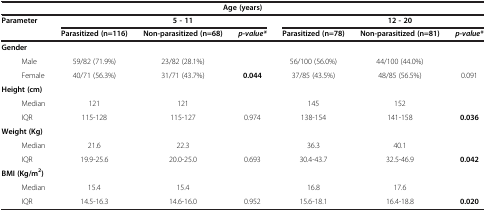
| <COLSPAN=7> Age (years) |
 | <ROWSPAN=2> Parameter |  | 5 - 11 |  |  | 12 - 20 |  |
 | Parasitized (n=116) | Non-parasitized (n=68) | p-value* | Parasitized (n=78) | Non-parasitized (n=81) | p-value* |
 | --- | --- | --- | --- | --- | --- | --- |
 | Gender |  |  |  |  |  |  |
 | Male | 59/82 (71.9%) | 23/82 (28.1%) |  | 56/100 (56.0%) | 44/100 (44.0%) |  |
 | Female | 40/71 (56.3%) | 31/71 (43.7%) | 0.044 | 37/85 (43.5%) | 48/85 (56.5%) | 0.091 |
 | Height (cm) |  |  |  |  |  |  |
 | Median | 121 | 121 |  | 145 | 152 |  |
 | IQR | 115-128 | 115-127 | 0.974 | 138-154 | 141-158 | 0.036 |
 | Weight (Kg) |  |  |  |  |  |  |
 | Median | 21.6 | 22.3 |  | 36.3 | 40.1 |  |
 | IQR | 19.9-25.6 | 20.0-25.0 | 0.693 | 30.4-43.7 | 32.5-46.9 | 0.042 |
 | BMI (Kg/m2) |  |  |  |  |  |  |
 | Median | 15.4 | 15.4 |  | 16.8 | 17.6 |  |
 | IQR | 14.5-16.3 | 14.6-16.0 | 0.952 | 15.6-18.1 | 16.4-18.8 | 0.020 |